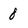
Character: 8